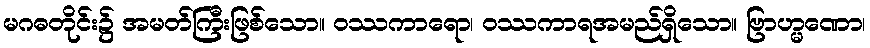
မဂဓတိုင်း၌ အမတ်ကြီးဖြစ်သော။ ဝဿကာရော၊ ဝဿကာရအမည်ရှိသော။ ဗြာဟ္မဏော၊